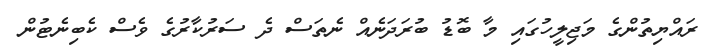
ރައްޔިތުންގެ މަޖިލީހުގައި މާ ބޮޑު ބުރަދަނެއް ނެތަސް ދެ ސަރުކާރުގެ ވެސް ކެބިނެޓުން